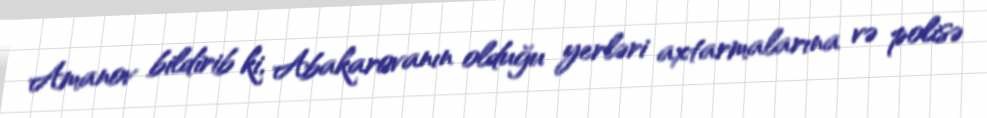
Amanov bildirib ki, Abakarovanın olduğu yerləri axtarmalarına və polisə